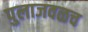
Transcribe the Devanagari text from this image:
पुलाजवळच